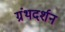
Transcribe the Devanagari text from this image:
ग्रंथदर्शन